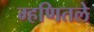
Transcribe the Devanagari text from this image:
म्हणितले